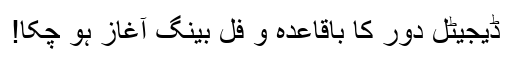
ڈیجیٹل دور کا باقاعدہ و فُل بینگ آغاز ہو چکا!